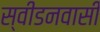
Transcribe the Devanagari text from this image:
स्वीडनवासी